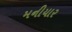
મનીયાર